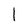
Character: l